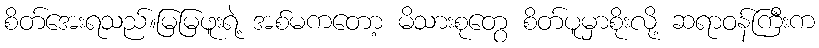
စိတ်အေးရသည်။မြမြဖူးရဲ့ အစ်မကတော့ မိသားစုတွေ စိတ်ပူမှာစိုးလို့ ဆရာဝန်ကြီးက